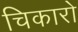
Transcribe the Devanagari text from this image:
चिकारो